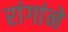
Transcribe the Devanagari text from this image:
रांगांने